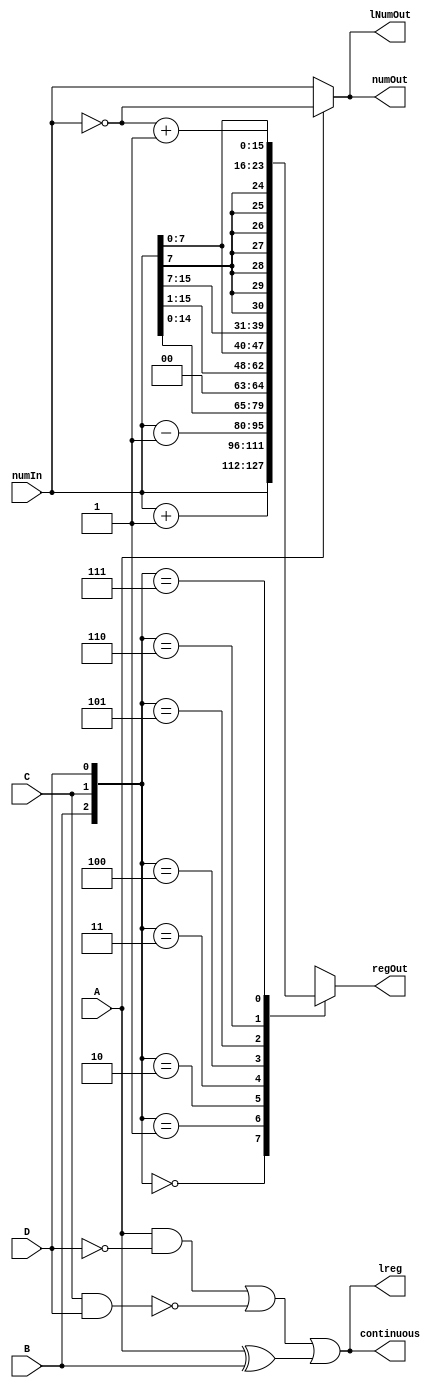
module Combinational(
    input A, B, C, D,
    input [15:0] numIn,
    output continuous,
    output reg lreg = 0,
    output [15:0] numOut,
    output reg [15:0] lNumOut, regOut
);

    initial begin {lreg, lNumOut, regOut} = 0; end // can be used in module to init values

    // continuous = A & ~D or ~(C & D) or (A ^ B)
    assign continuous = A & ~D | ~(C & D) | (A ^ B);

    // lreg = continuous
    always@(*) begin // * means auto-generated sensitivity list. AKA, this block is continuous assignment
        lreg <= A & ~D | ~(C & D) | (A ^ B);
    end

    // numOut = {numIn, A = 0
    //           neg(numIn), A = 1
    assign numOut = (A) ? ~numIn : numIn; // ternary operator || condition ? trueOutput : false Output

    // lNumOut = numOut
    always @(*) begin
        if (A) begin
            lNumOut <= ~numIn;
        end
        else begin
            lNumOut <= numIn;
        end
    end

    /* regOut = { numIn,            {B, C, D} = 0
                  numIn + 1,        {B, C, D} = 1
                  numIn - 1,        {B, C, D} = 2
                  numIn << 1,       {B, C, D} = 3
                  numIn >> 1,       {B, C, D} = 4
                  swapBytes(numIn), {B, C, D} = 5
                  sxt(numIn[7:0]),  {B, C, D} = 6
                  COM(numIn),       {B, C, D} = 7
                }
    */
    always @(*) begin
        case({B,C,D}) // {} denotes a vector list {B,C,D} = 3-bit number B || C || D
            3'd0: begin regOut <= numIn; end
            3'd1: begin regOut <= numIn + 1; end
            3'd2: begin regOut <= numIn - 1; end
            3'd3: begin regOut <= numIn << 1; end
            3'd4: begin regOut <= numIn >> 1; end
            3'd5: begin regOut <= {numIn[7:0], numIn[15:8]}; end
            3'd6: begin regOut <= {{8{numIn[7]}}, numIn[7:0]}; end
            3'd7: begin regOut <= ~numIn + 1;end // 2's complement
            default: begin regOut = 16'hDEAD; end // default if any undeclared cases. not true for this
        endcase
    end
endmodule